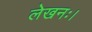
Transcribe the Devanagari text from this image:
लेखनः।